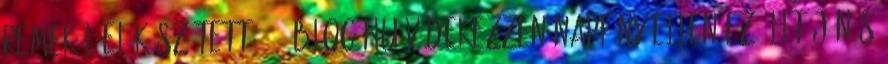
remekül előkészített 2060.blog.hu Védekezzen napfény ellen Ez állt Jónás